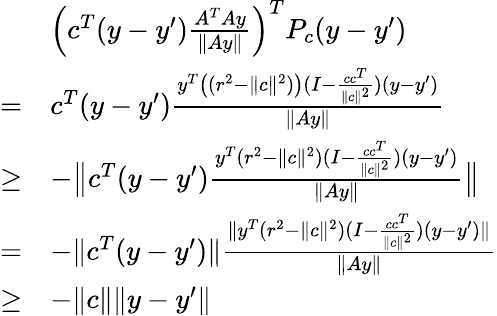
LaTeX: \begin{array}{rl}&{\left(c^{T}(y-y^{\prime})\frac{A^{T}Ay}{\| Ay\| }\right)^{T}P_{c}(y-y^{\prime})}\\ {=}&{c^{T}(y-y^{\prime})\frac{y^{T}\left((r^{2}-\| c\| ^{2})\right)(I-\frac{cc^{T}}{\| c\| ^{2}})(y-y^{\prime})}{\| Ay\| }}\\ {\geq}&{-\big\| c^{T}(y-y^{\prime})\frac{y^{T}(r^{2}-\| c\| ^{2})(I-\frac{cc^{T}}{\| c\| ^{2}})(y-y^{\prime})}{\| Ay\| }\big\| }\\ {=}&{-\| c^{T}(y-y^{\prime})\| \frac{\| y^{T}(r^{2}-\| c\| ^{2})(I-\frac{cc^{T}}{\| c\| ^{2}})(y-y^{\prime})\| }{\| Ay\| }}\\ {\geq}&{-\| c\| \| y-y^{\prime}\| }\end{array}